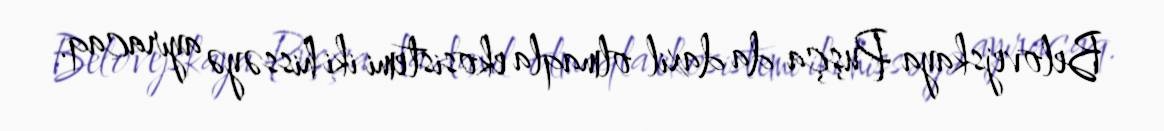
Belovejskaya Puşça da daxil olmaqla ekosistemi iki hissəyə ayıracaq.